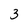
Character: 3